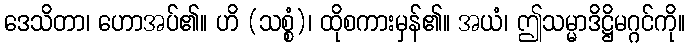
ဒေသိတာ၊ ဟောအပ်၏။ ဟိ (သစ္စံ)၊ ထိုစကားမှန်၏။ အယံ၊ ဤသမ္မာဒိဋ္ဌိမဂ္ဂင်ကို။